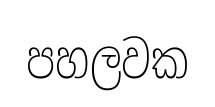
පහලවක